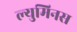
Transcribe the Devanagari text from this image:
ल्युमिनस